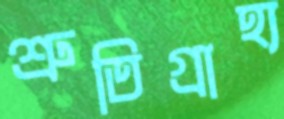
শ্রুতিগ্রাহ্য